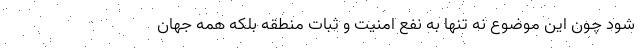
شود چون این موضوع نه تنها به نفع امنیت و ثبات منطقه بلکه همه جهان